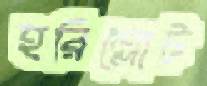
হরিল্লোট